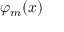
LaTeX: \varphi _ { m } ( x )